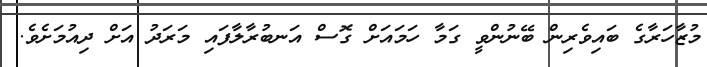
މުޒާހަރާގެ ބައިވެރިން ބޭނުންވީ ގަމާ ހަމައަށް ގޮސް އަނބުރާލާފައި މަރަދު އަށް ދިއުމަށެވެ.